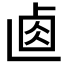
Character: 𠧴